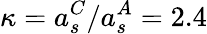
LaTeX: \kappa=a_{s}^{C}/a_{s}^{A}=2.4